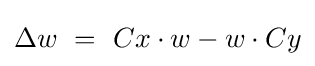
\Delta w~=~Cx\cdot w-w\cdot Cy